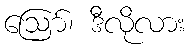
ဩော်၊ ဒီလိုလား